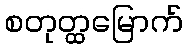
စတုတ္ထမြောက်